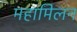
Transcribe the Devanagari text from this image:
महामिलन